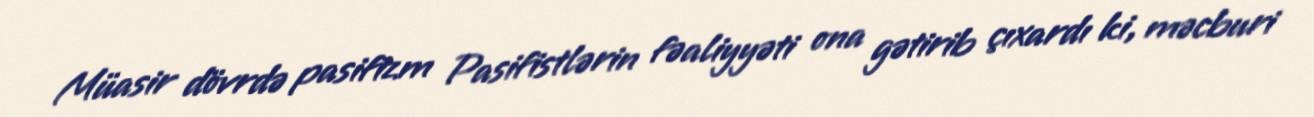
Müasir dövrdə pasifizm Pasifistlərin fəaliyyəti ona gətirib çıxardı ki, məcburi